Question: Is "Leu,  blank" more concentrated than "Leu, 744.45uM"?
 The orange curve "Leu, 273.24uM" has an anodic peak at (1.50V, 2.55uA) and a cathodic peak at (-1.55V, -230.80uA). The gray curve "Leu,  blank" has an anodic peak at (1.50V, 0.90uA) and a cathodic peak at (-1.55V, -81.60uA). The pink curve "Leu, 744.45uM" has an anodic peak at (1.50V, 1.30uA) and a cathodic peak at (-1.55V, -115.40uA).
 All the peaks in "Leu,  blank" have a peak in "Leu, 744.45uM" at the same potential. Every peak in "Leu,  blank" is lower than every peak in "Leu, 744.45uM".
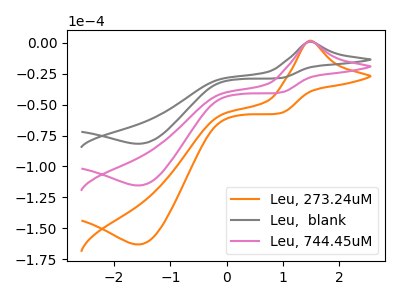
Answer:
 <answer>"Leu,  blank" has less signal than "Leu, 744.45uM" and so likely has a lower concentration.</answer>
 <eval>less_concentration</eval>